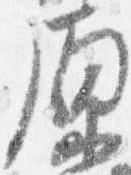
原